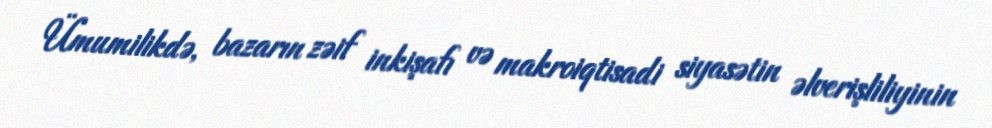
Ümumilikdə, bazarın zəif inkişafı və makroiqtisadi siyasətin əlverişliliyinin